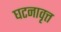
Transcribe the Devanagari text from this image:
घटनावृत्त